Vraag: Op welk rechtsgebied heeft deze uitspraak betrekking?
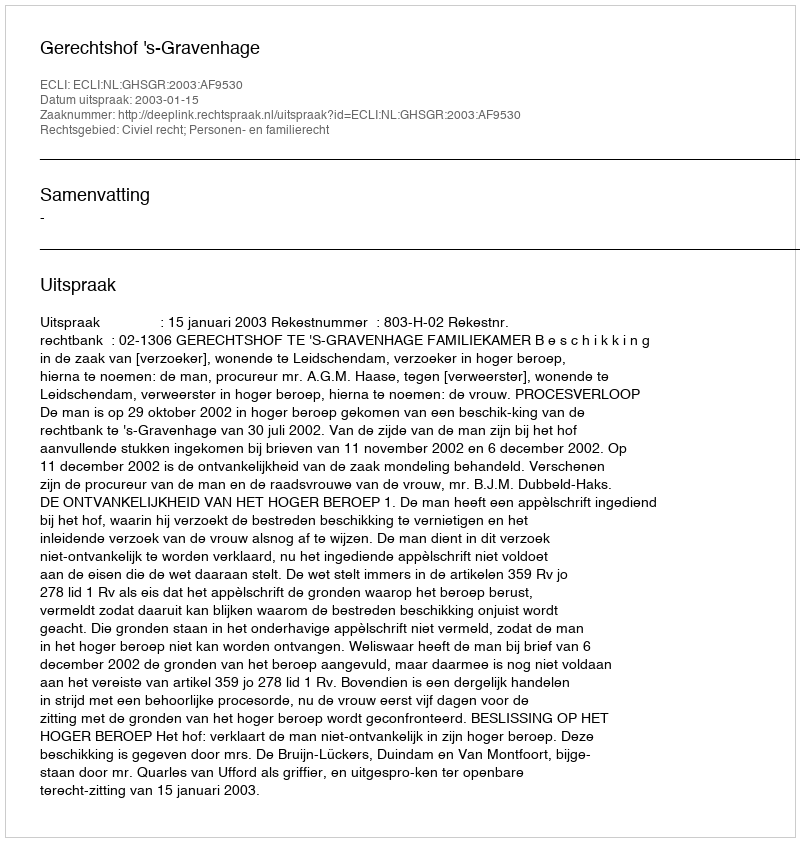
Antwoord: Civiel recht; Personen- en familierecht